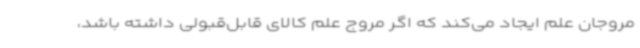
مروجان علم ایجاد می‌کند که اگر مروج علم کالای قابل‌قبولی داشته باشد،